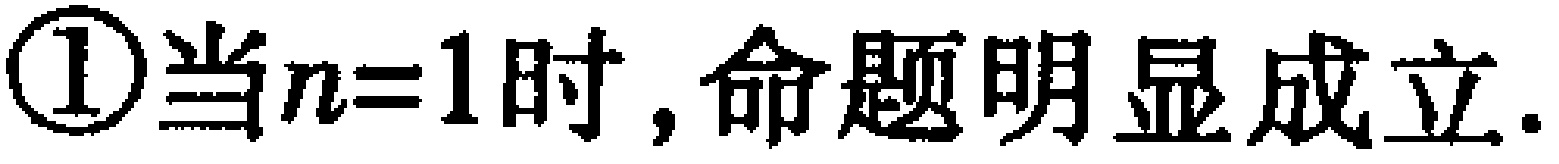
\textcircled{1}当\(n = 1\)时, 命题明显成立.